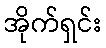
အိုက်ရှင်း